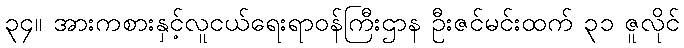
၃၄။ အားကစားနှင့်လူငယ်ရေးရာဝန်ကြီးဌာန ဦးဇင်မင်းထက် ၃၁ ဇူလိုင်